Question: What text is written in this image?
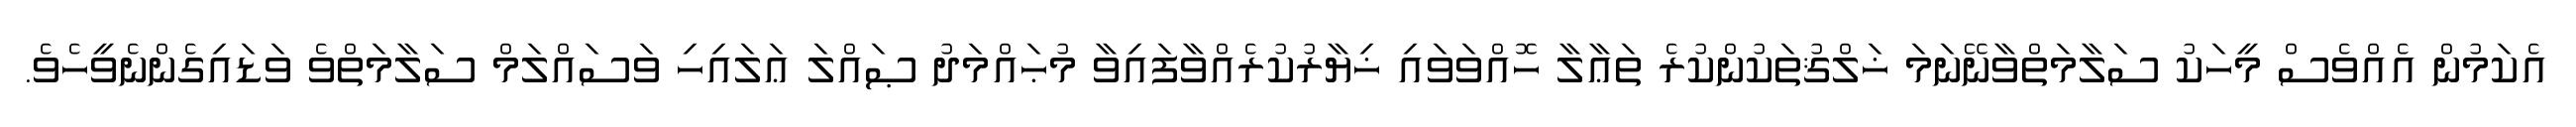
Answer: އެކަމުން އެއްވެސް މީހަކު ސަލާމަތްވާނޭނަމަ ޚަލްޤުތަކުންކުރެ ތަޢާލާ ހޮއްވަވައި ޚިޔާރުކުރެއްވާފައިވާ މުޙައްމަދު ޞައްލަ ޢަލައިހި ވަސައްލަމް ސަލާމަތްވެ ވަޑައިގެންނެވީހެވެ.